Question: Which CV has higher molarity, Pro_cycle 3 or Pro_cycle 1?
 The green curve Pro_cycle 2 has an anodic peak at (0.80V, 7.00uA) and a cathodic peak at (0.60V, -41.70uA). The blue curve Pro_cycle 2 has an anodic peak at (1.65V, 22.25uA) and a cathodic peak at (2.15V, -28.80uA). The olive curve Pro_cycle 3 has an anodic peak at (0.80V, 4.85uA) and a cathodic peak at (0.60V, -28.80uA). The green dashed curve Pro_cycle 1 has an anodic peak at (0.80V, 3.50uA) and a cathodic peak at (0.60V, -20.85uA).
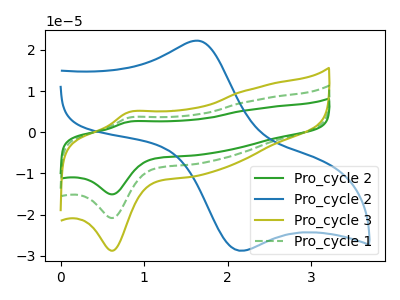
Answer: <think>All the peaks in "Pro_cycle 3" have a peak in "Pro_cycle 1" at the same potential. Every peak in "Pro_cycle 3" is higher than every peak in "Pro_cycle 1".
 </think>
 <answer>"Pro_cycle 3" has more signal than "Pro_cycle 1" and so likely has a higher concentration.</answer>
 <eval>more_concentration</eval>